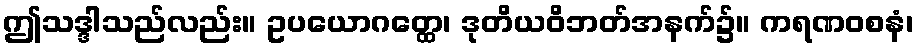
ဤသဒ္ဒါသည်လည်း။ ဥပယောဂတ္ထေ၊ ဒုတိယဝိဘတ်အနက်၌။ ကရဏဝစနံ၊